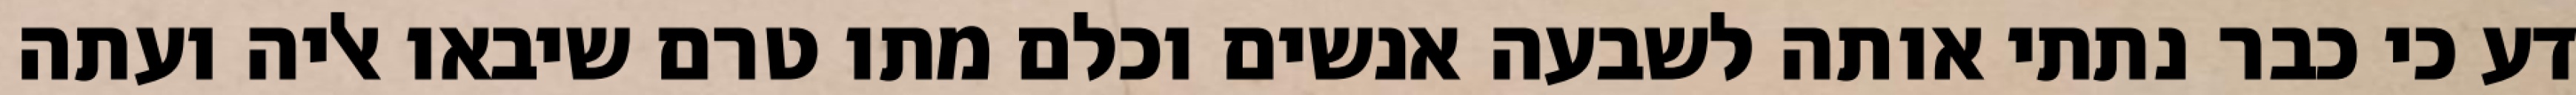
דע כי כבר נתתי אותה לשבעה אנשים וכלם מתו טרם שיבאו אליה ועתה